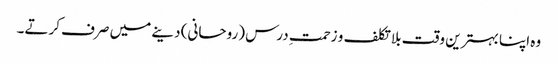
وہ اپنا بہترین وقت بلا تکلف و زحمتِ درس (روحانی) دینے میں صرف کرتے۔